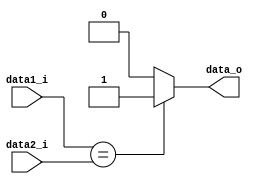
module Equal(
	data1_i,
	data2_i,
	data_o	
);
	
	// Ports
	input	[31:0]	data1_i, data2_i;
	output			data_o;

	assign 	data_o	= (data1_i == data2_i)? 1'b1 : 1'b0;

endmodule